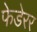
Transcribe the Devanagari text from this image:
फेडेरर